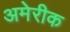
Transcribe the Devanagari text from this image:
अमेरीक